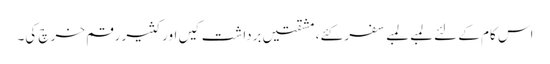
اس کام کے لئے لمبے لمبے سفر کئے، مشقتیں برداشت کیں اور کثیر رقم خرچ کی۔